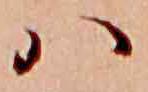
ハ